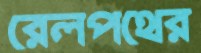
রেলপথের